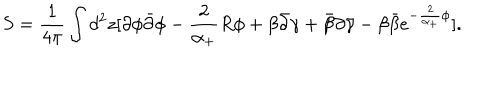
S = \frac 1 { 4 \pi } \int d ^ { 2 } z [ \partial \phi \bar { \partial } \phi - \frac 2 { \alpha _ { + } } R \phi + \beta \bar { \partial } \gamma + \bar { \beta } \partial \bar { \gamma } - \beta \bar { \beta } e ^ { - \frac 2 { \alpha _ { + } } \phi } ] .